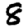
Digit: 8